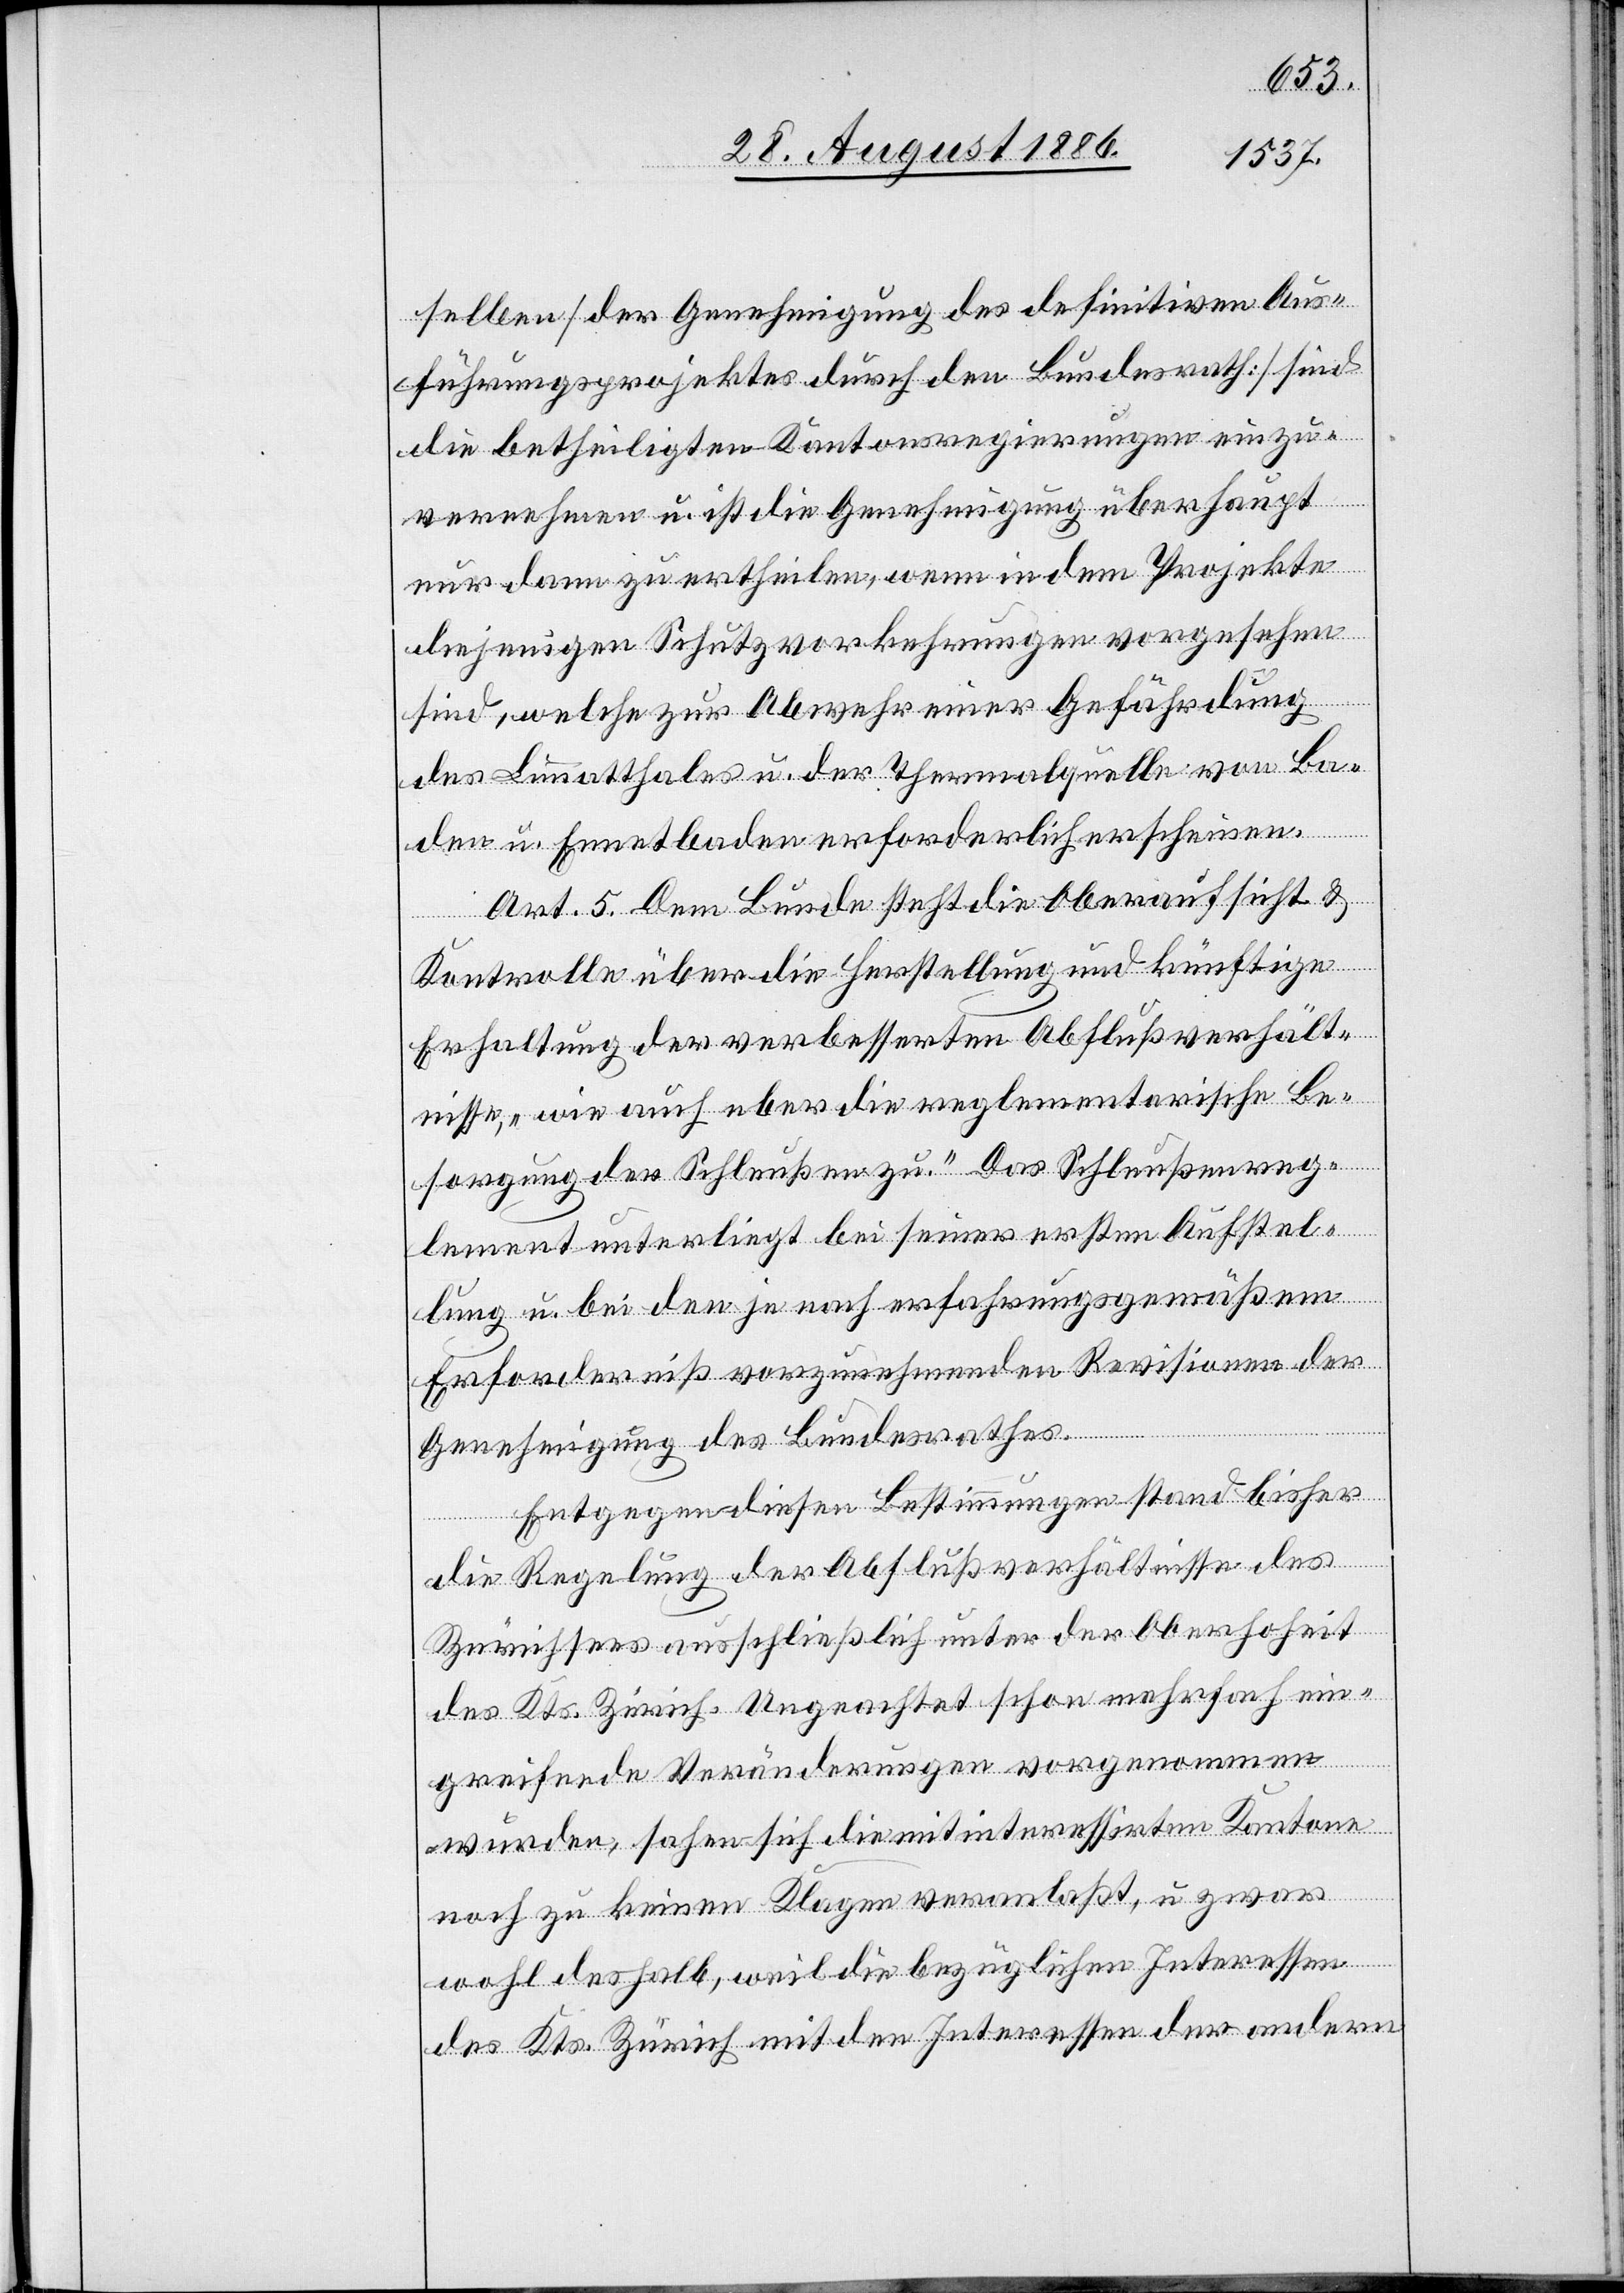
selben [der Genehmigung des definitiven Aus¬
führungsprojektes durch den Bundesrath] sind
die betheiligten Kantonsregierungen einzu¬
vernehmen u. ist die Genehmigung überhaupt
nur dann zu ertheilen, wenn in dem Projekte
diejenigen Schutzvorkehrungen vorgesehen
sind, welche zur Abwehr einer Gefährdung
des Limmatthales u. der Thermalquelle von Ba¬
den u. Ennetbaden erforderlich erscheinen.
Art. 5. Dem Bunde steht die Oberaufsicht &
Kontrolle über die Herstellung und künftige
Erhaltung der verbesserten Abflußverhält¬
nisse, „wie auch über die reglementarische Be¬
sorgung der Schleußen zu“. Das Schleußenreg¬
lement unterliegt bei seiner ersten Aufstel¬
lung u. bei den je nach erfahrungsgemäßem
Erforderniß vorzunehmenden Revisionen der
Genehmigung des Bundesrathes.
Entgegen diesen Bestimmungen stand bisher
die Regelung der Abflußverhältnisse des
Zürichsees ausschließlich unter der Oberhoheit
des Kts. Zürich. Ungeachtet schon mehrfach ein¬
greifende Veränderungen vorgenommen
wurden, sahen sich die mitinteressirten Kantone
noch zu keinen Klagen veranlaßt, u. zwar
wohl deshalb, weil die bezüglichen Interessen
des Kts. Zürich mit den Interessen der andern